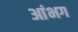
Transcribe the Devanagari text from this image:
आंभग